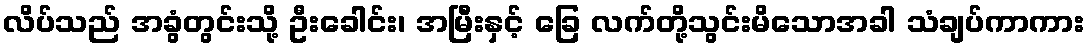
လိပ်သည် အခွံတွင်းသို့ ဦးခေါင်း၊ အမြီးနှင့် ခြေ လက်တို့သွင်းမိသောအခါ သံချပ်ကာကား